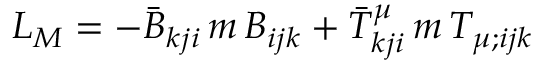
{ \cal L } _ { M } = - \bar { B } _ { k j i } \, m \, B _ { i j k } + \bar { T } _ { k j i } ^ { \mu } \, m \, T _ { \mu ; i j k }